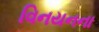
વિનયનના